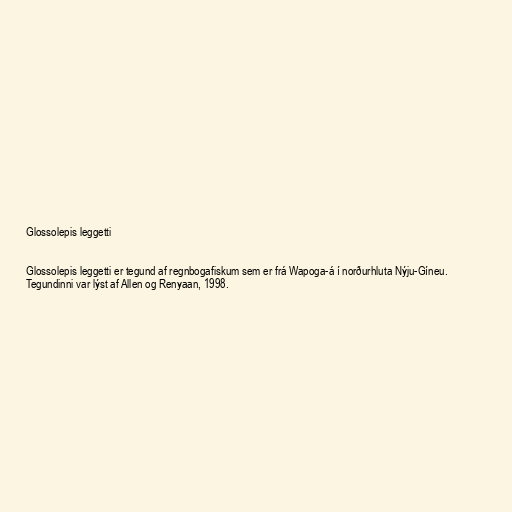
Glossolepis leggetti

Glossolepis leggetti er tegund af regnbogafiskum sem er frá Wapoga-á í norðurhluta Nýju-Gíneu.
Tegundinni var lýst af Allen og Renyaan, 1998.